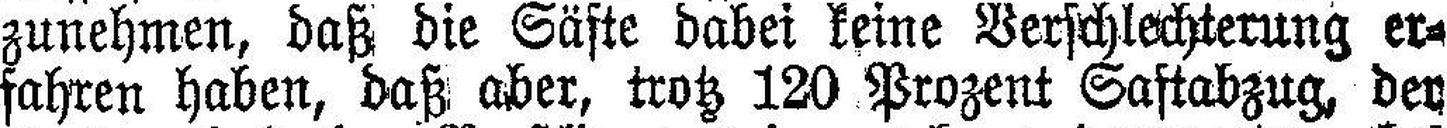
zunehmen, daß die Säfte dabei keine Verschlechterung er¬